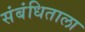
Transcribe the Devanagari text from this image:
संबंधिताला